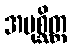
အပုစ္ဆိတ္ထ